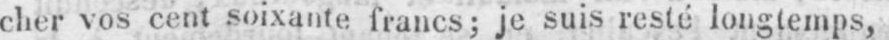
cher vos cent soixante francs; je suis resté longtemps,